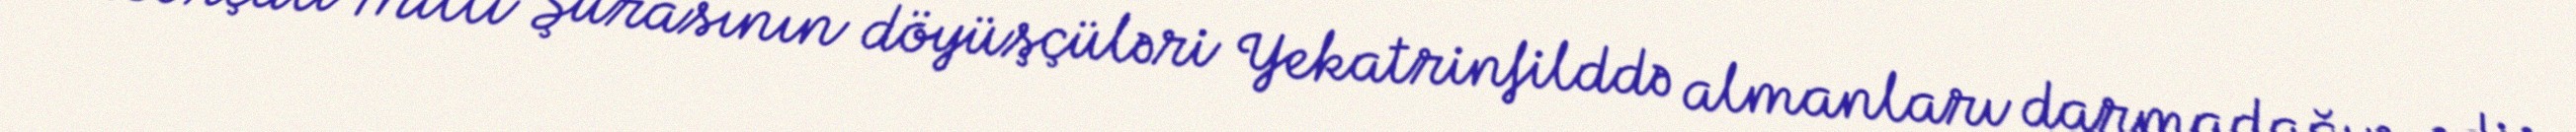
Borçalı Milli Şurasının döyüşçüləri Yekatrinfilddə almanları darmadağın edir,